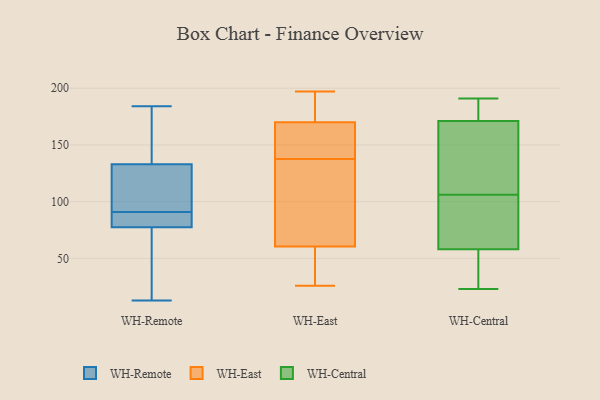
{"axis": {"x": "Market Share (%)", "y": "Value"}, "legend": ["WH-Central", "WH-East", "WH-Remote"], "data": [{"x": "", "y": 176, "type": "WH-Remote"}, {"x": "", "y": 42, "type": "WH-Remote"}, {"x": "", "y": 120, "type": "WH-Remote"}, {"x": "", "y": 84, "type": "WH-Remote"}, {"x": "", "y": 87, "type": "WH-Remote"}, {"x": "", "y": 146, "type": "WH-Remote"}, {"x": "", "y": 101, "type": "WH-Remote"}, {"x": "", "y": 75, "type": "WH-Remote"}, {"x": "", "y": 93, "type": "WH-Remote"}, {"x": "", "y": 101, "type": "WH-Remote"}, {"x": "", "y": 172, "type": "WH-Remote"}, {"x": "", "y": 13, "type": "WH-Remote"}, {"x": "", "y": 184, "type": "WH-Remote"}, {"x": "", "y": 80, "type": "WH-Remote"}, {"x": "", "y": 45, "type": "WH-Remote"}, {"x": "", "y": 89, "type": "WH-Remote"}, {"x": "", "y": 119, "type": "WH-East"}, {"x": "", "y": 187, "type": "WH-East"}, {"x": "", "y": 177, "type": "WH-East"}, {"x": "", "y": 152, "type": "WH-East"}, {"x": "", "y": 49, "type": "WH-East"}, {"x": "", "y": 185, "type": "WH-East"}, {"x": "", "y": 26, "type": "WH-East"}, {"x": "", "y": 139, "type": "WH-East"}, {"x": "", "y": 163, "type": "WH-East"}, {"x": "", "y": 137, "type": "WH-East"}, {"x": "", "y": 195, "type": "WH-East"}, {"x": "", "y": 31, "type": "WH-East"}, {"x": "", "y": 54, "type": "WH-East"}, {"x": "", "y": 67, "type": "WH-East"}, {"x": "", "y": 197, "type": "WH-East"}, {"x": "", "y": 106, "type": "WH-East"}, {"x": "", "y": 86, "type": "WH-East"}, {"x": "", "y": 141, "type": "WH-East"}, {"x": "", "y": 138, "type": "WH-East"}, {"x": "", "y": 51, "type": "WH-East"}, {"x": "", "y": 58, "type": "WH-Central"}, {"x": "", "y": 112, "type": "WH-Central"}, {"x": "", "y": 23, "type": "WH-Central"}, {"x": "", "y": 30, "type": "WH-Central"}, {"x": "", "y": 166, "type": "WH-Central"}, {"x": "", "y": 171, "type": "WH-Central"}, {"x": "", "y": 191, "type": "WH-Central"}, {"x": "", "y": 71, "type": "WH-Central"}, {"x": "", "y": 100, "type": "WH-Central"}, {"x": "", "y": 172, "type": "WH-Central"}]}